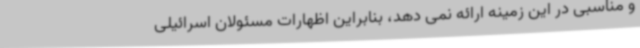
و مناسبی در این زمینه ارائه نمی دهد، بنابراین اظهارات مسئولان اسرائیلی